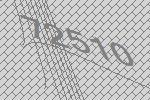
72510